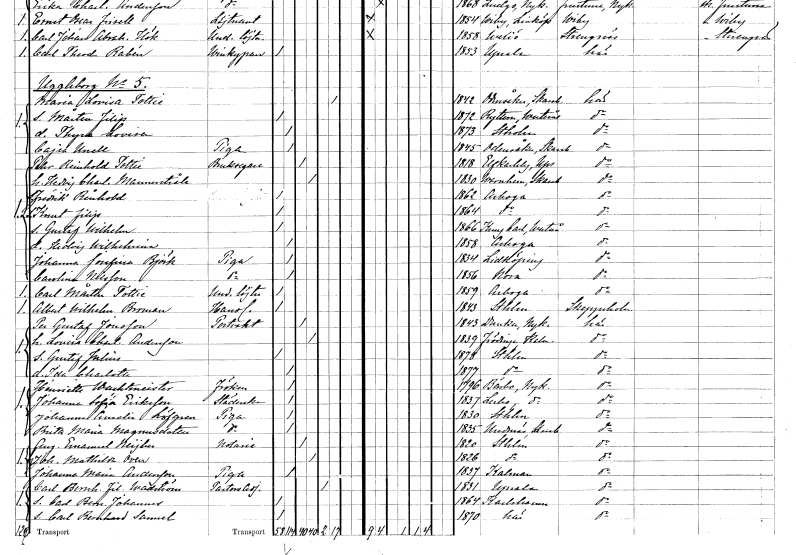
gt_parse: households: individuals: FN: Maria Lovisa
EN: Tottie
KON: K
CIV: E
FODAR: 1842
FODFORS: Odensåker Skaraborgs län
FN: Mårten Filip
KON: M
CIV: O
FODAR: 1872
FODFORS: Rytterne Västmanlands län
FN: Thyra Lovisa
KON: K
CIV: O
FODAR: 1873
FODFORS: Stockholm
FN: Cajsa
EN: Unell
YRKE: Piga
KON: K
CIV: O
FODAR: 1845
FODFORS: Odensåker Skaraborgs län
FN: Pehr Reinhold
EN: Tottie
YRKE: Bruksägare
KON: M
CIV: G
FODAR: 1818
FODFORS: Älvkarleby Uppsala län
FN: Hedvig Charlotta
EN: Mannerstråle
KON: K
CIV: G
FODAR: 1830
FODFORS: Varnhem Skaraborgs län
FN: Fredrik Reinhold
KON: M
CIV: O
FODAR: 1862
FODFORS: Arboga Västmanlands län
FN: Knut Filip
KON: M
CIV: O
FODAR: 1864
FODFORS: Arboga Västmanlands län
FN: Gustaf Wilhelm
KON: M
CIV: O
FODAR: 1866
FODFORS: Kung Karl Västmanlands län
FN: Hedvig Wilhelmina
KON: K
CIV: O
FODAR: 1858
FODFORS: Arboga Västmanlands län
FN: Johanna Josefina
EN: Björk
YRKE: Piga
KON: K
CIV: O
FODAR: 1834
FODFORS: Lidköping Skaraborgs län
FN: Carolina
EN: Nilsson
YRKE: Piga
KON: K
CIV: O
FODAR: 1856
FODFORS: Nora Örebro län
FN: Carl Mårten
EN: Tottie
YRKE: Underlöjtnant
KON: M
CIV: O
FODAR: 1859
FODFORS: Arboga Västmanlands län
FN: Albert Wilhelm
EN: Broman
YRKE: Handlande
KON: M
CIV: O
FODAR: 1843
FODFORS: Stockholm
FN: Per Gustaf
EN: Jonsson
YRKE: Portvakt
KON: M
CIV: G
FODAR: 1843
FODFORS: Dunker Södermanlands län
FN: Lovisa Charlotta
EN: Andersson
KON: K
CIV: G
FODAR: 1839
FODFORS: Frödinge Kalmar län
FN: Gustaf Julius
KON: M
CIV: O
FODAR: 1878
FODFORS: Stockholm
FN: Ida Charlotta
KON: K
CIV: O
FODAR: 1877
FODFORS: Stockholm
FN: Henriette
EN: Wachtmeister
KON: K
CIV: O
FODAR: 1796
FODFORS: Bärbo Södermanlands län
FN: Johanna Sofia
EN: Eriksson
YRKE: Städerska
KON: K
CIV: O
FODAR: 1837
FODFORS: Lerbo Södermanlands län
FN: Johanna Amalia
EN: Löfgren
YRKE: Piga
KON: K
CIV: O
FODAR: 1830
FODFORS: Stockholm
FN: Brita Maria
EN: Magnusdotter
YRKE: Piga
KON: K
CIV: O
FODAR: 1835
FODFORS: Undenäs Skaraborgs län
FN: August Emanuel
EN: Neijber
YRKE: Notarie
KON: M
CIV: G
FODAR: 1820
FODFORS: Stockholm
FN: Johanna Mathilda
EN: Oven
KON: K
CIV: G
FODAR: 1826
FODFORS: Stockholm
FN: Johanna Maria
EN: Andersson
YRKE: Piga
KON: K
CIV: O
FODAR: 1837
FODFORS: Kalmar Kalmar län
FN: Carl Bernhard Filonegros
EN: Wadström
YRKE: Pastorsadjunkt
KON: M
CIV: E
FODAR: 1831
FODFORS: Uppsala Uppsala län
FN: Carl Bernhard Johannes
KON: M
CIV: O
FODAR: 1864
FODFORS: Karlshamn Blekinge län
FN: Carl Bernhard Samuel
KON: M
CIV: O
FODAR: 1870
FODFORS: Stockholm